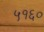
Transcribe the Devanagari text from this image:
५१६०